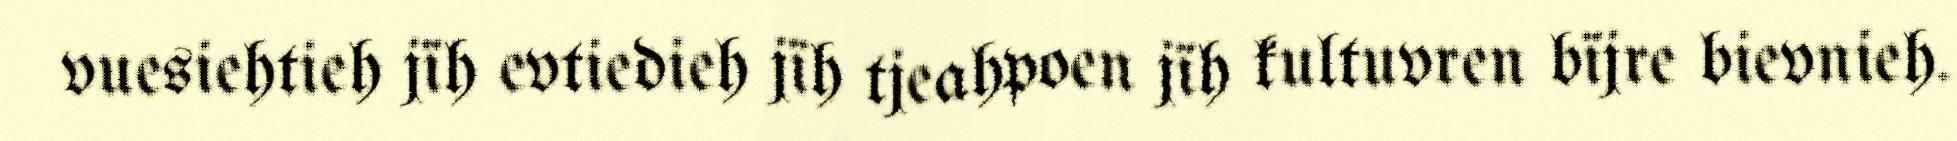
vuesiehtieh jïh evtiedieh jïh tjeahpoen jïh kultuvren bïjre bievnieh.